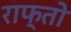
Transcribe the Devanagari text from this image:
राफ्तो